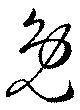
免